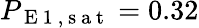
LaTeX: P_{\mathrm{~E~1~,~s~a~t~}}=0.32